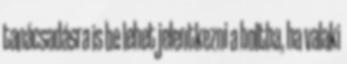
tanácsadásra is be lehet jelentkezni a boltba, ha valaki